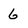
Character: 6